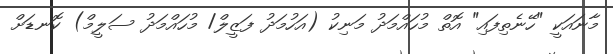
މާނައަކީ "ހޭނެތިފައި" އޮތް މުހައްމަދު މަނިކު (އަހުމަދު ފަޒީލް/ މުހައްމަދު ސަލީމް) ކޮނޑަށް